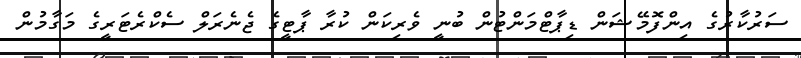
ސަރުކާރުގެ އިންފޮމޭޝަން ޑިޕާޓްމަންޓުން ބުނީ ވެރިކަން ކުރާ ޕާޓީގެ ޖެނެރަލް ސެކްރެޓަރީގެ މަގާމުން